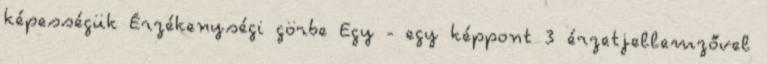
képességük Érzékenységi görbe Egy - egy képpont 3 érzetjellemzővel